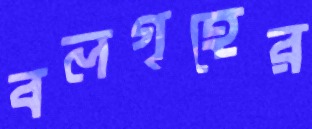
বলগৃহের